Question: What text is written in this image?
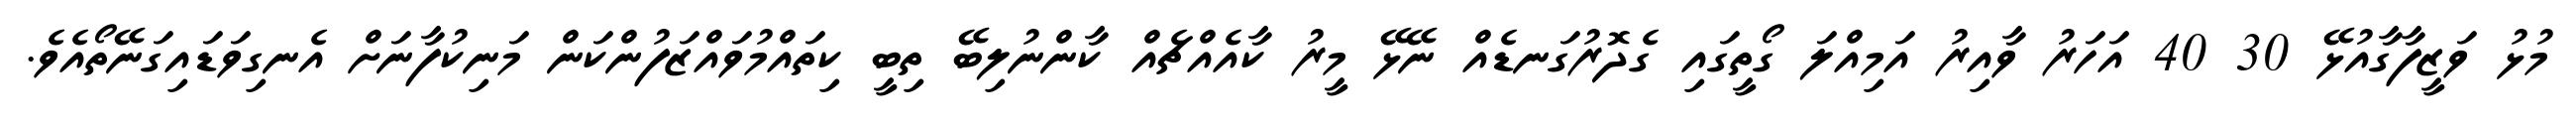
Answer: މުޅު ވަޒީފާގާއުޅޭ 30 40 އަހަރު ވާއިރު އަމިއްލަ ގޯތީގައި ގެދޮރުގަނޑެއް ނޭޅޭ މީރު ކާއެއްޗެއް ކާންނުލިބޭ ތިބީ ކިތައްމުވައްޒަފުންކަން މަނިކުފާނަށް އެނގިވަޑައިގަނޭތޯއެވެ.